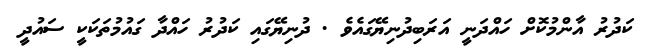
ކަދުރު އާންމުކޮށް ހައްދަނީ އަރަބިދުނިޔޭގައެވެ . ދުނިޔޭގައި ކަދުރު ހައްދާ ގައުމުތަކަކީ ސައުދީ